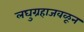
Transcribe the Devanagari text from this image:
लघुग्रहाजवळून